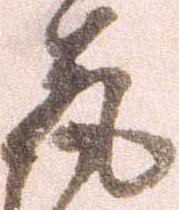
亮